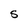
Character: S